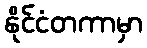
နိုင်ငံတကာမှာ